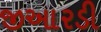
જીઆરડી